Civil Veterinary Department Bihar & Orissa reports 1922-29 - 1922-1929
Year: 1922
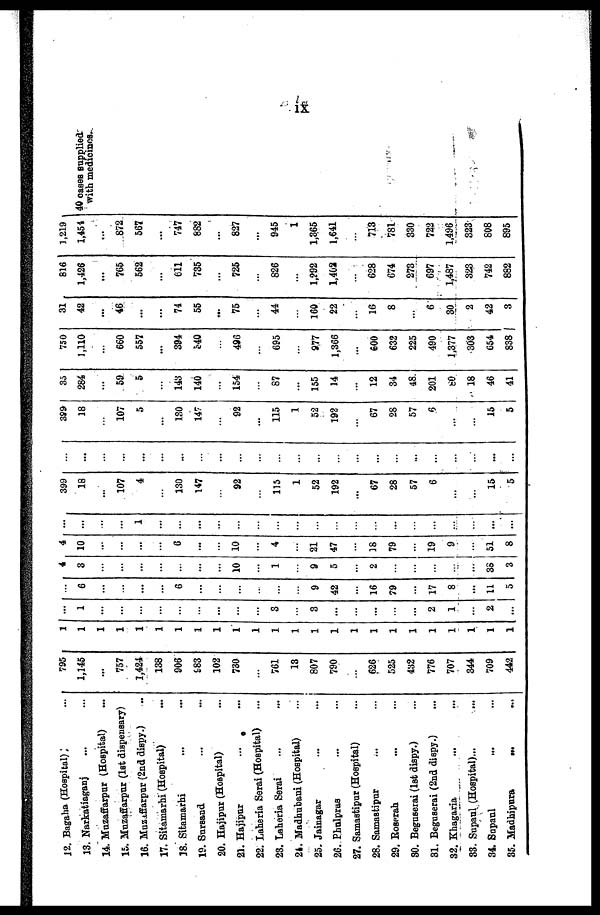
ix
12. Bagaha (Hospital);
13. Narkatiaganj
14. Muzaffarpur (Hospital)
15. Muzaffarpur (1st dispensary)
16. Muzaffarpur (2nd dispy.)
17. Sitamarhi (Hospital)
18. Sitamarhi
19. Sursand
20. Hajipur (Hospital)
21. Hajipur
22. Laheria Serai (Hospital)
23. Laheria Serai
24. Madhubani (Hospital)
25. Jainagar
26. Phulprus
27. Samastipur (Hospital) ... ...
28. Samastipur ... ...
29. Reserah ... ...
30. Beguserai (1st dispy.) ...
31. Beguserai (2nd dispy.) ...
32. Khagaria
33. Supaul (Hospital)...
34. Supaul
35. Madhipura
...
795
1,145
...
757
1,424
138
906
983
102
730
...
761
13
807
790
...
626
525
432
776
707
344
709
442
1
1
1
1
1
1
1
1
1
1
1
1
1
1
1
1
1
1
1
1
1
1
1
1
1 1
...
...
...
...
...
...
...
...
...
3
...
3
...
...
...
...
2
1
2
...
...
6
...
...
...
...
6
...
...
...
...
...
...
9
42
...
16
79
17
8
...
11
5
4
3
...
...
...
...
...
...
10
...
1
...
9
5
...
2
38
3
4
10
...
6
...
10
...
4
...
21
47
...
18
79
...
19
9
51
8
...
...
...
1
...
...
...
...
...
...
...
...
...
...
...
...
...
...
...
...
...
...
...
399
18
...
107
4
...
130
147
...
92
...
115
1
52
192
...
67
28
57
6
...
...
15
5
...
...
...
...
...
...
...
...
...
...
...
...
...
...
...
...
...
...
...
...
...
...
...
...
389
18
...
107
5
130
147
92
...
115
1
52
192
...
67
28
57
6
...
...
15
5
35
284
...
59
5
143
140
154
87
...
155
14
...
12
34
48.
201
80
18
46
41
750
1,110
...
660
557
...
394
540
496
695
...
977
1,366
...
600
632
225
490
1,377
303
G54
838
31
42
...
46
74
55
...
75
44
...
160
22
...
16
8
...
6
30
2
42
3
816
1,426
...
765
562
611
735
...
725
826
...
1,292
1,402
...
628
674
273
697
1,487
323
742
882
1,219
1,454
...
872
567
...
747
882
...
827
...
945
1
1,365
1,641
...
713
781
330
722
1,496
323
808
895
40 cases supplied
with medicines.